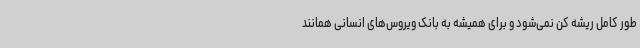
طور کامل ریشه کن نمی‌شود و برای همیشه به بانک ویروس‌های انسانی همانند